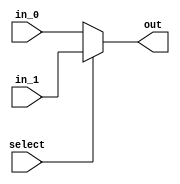
module mux_2to1
#(
 parameter DATA_LENGTH = 32
)
(
 input  wire [DATA_LENGTH - 1 : 0] in_0,
 input  wire [DATA_LENGTH - 1 : 0] in_1,
 input  wire                       select,
 // Output
 output wire [DATA_LENGTH - 1 : 0] out
 );
 
 assign out = (select) ? in_1 : in_0;
 
 /*
 always @ (*)
  case (select)
   1'b0 : out = in_0;
	1'b1 : out = in_1;
  endcase
 */
endmodule